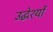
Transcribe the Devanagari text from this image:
उद्धेश्यों